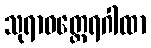
သုရာဓတ္ထေရဂါထာ